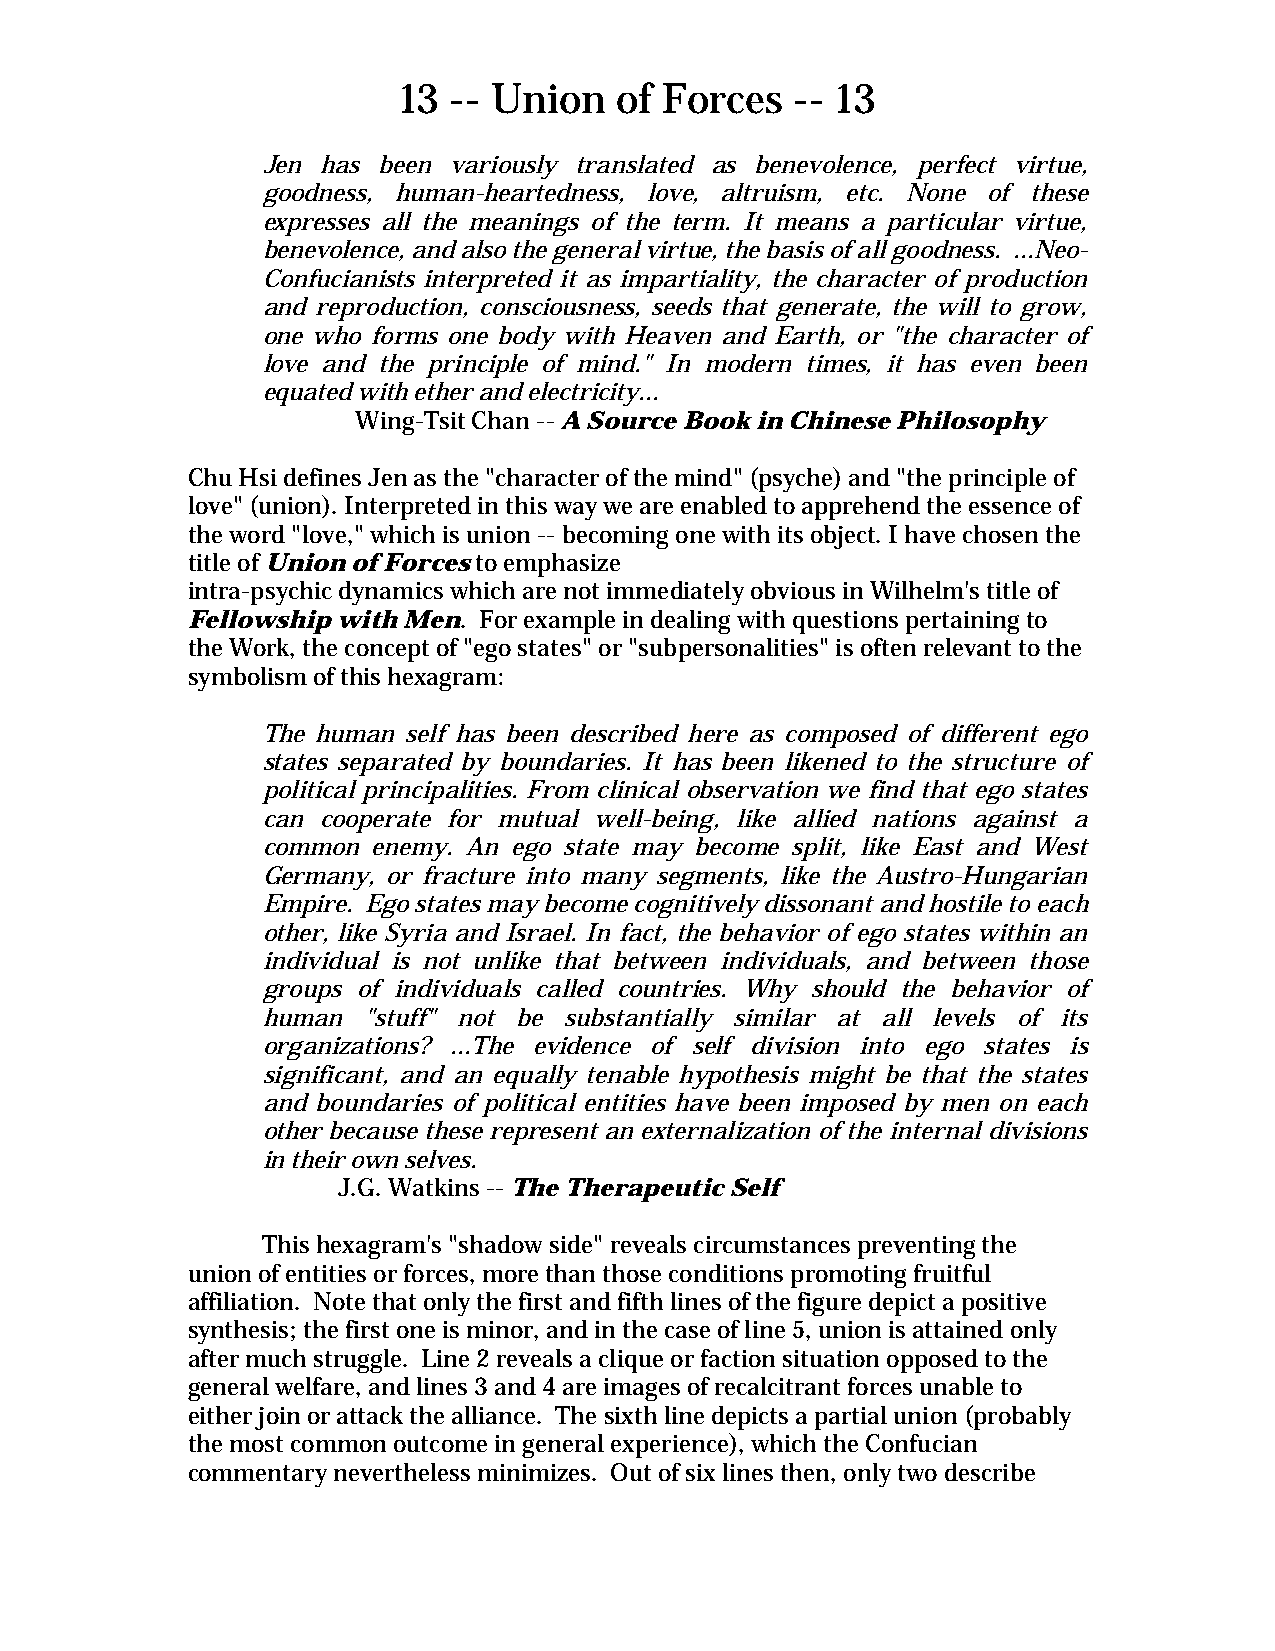
13  -- Union   of Forces   -- 13
 Jen has been variously translated as benevolence, perfect virtue,
 goodness, human-heartedness, love, altruism, etc. None of these
 expresses all the meanings of the term. It means a particular virtue,
 benevolence, and also the general virtue, the basis of all goodness. ...Neo-
 Confucianists interpreted it as impartiality, the character of production
 and reproduction, consciousness, seeds that generate, the will to grow,
 one who forms one body with Heaven and Earth, or "the character of
 love and the principle of mind." In modern times, it has even been
 equated with ether and electricity...
 Wing-Tsit Chan -- A Source Book in Chinese Philosophy
 Chu Hsi defines Jen as the "character of the mind" (psyche) and "the principle of
 love" (union). Interpreted in this way we are enabled to apprehend the essence of
 the word "love," which is union -- becoming one with its object. I have chosen the
 title of Union of Forces to emphasize
 intra-psychic dynamics which are not immediately obvious in Wilhelm's title of
 Fellowship with Men. For example in dealing with questions pertaining to
 the Work, the concept of "ego states" or "subpersonalities" is often relevant to the
 symbolism of this hexagram:
 The human self has been described here as composed of different ego
 states separated by boundaries. It has been likened to the structure of
 political principalities. From clinical observation we find that ego states
 can cooperate for mutual well-being, like allied nations against a
 common  enemy. An ego state may become split, like East and West
 Germany, or fracture into many segments, like the Austro-Hungarian
 Empire. Ego states may become cognitively dissonant and hostile to each
 other, like Syria and Israel. In fact, the behavior of ego states within an
 individual is not unlike that between individuals, and between those
 groups of individuals called countries. Why should the behavior of
 human  "stuff" not be substantially similar at all levels of its
 organizations? ...The evidence of self division into ego states is
 significant, and an equally tenable hypothesis might be that the states
 and boundaries of political entities have been imposed by men on each
 other because these represent an externalization of the internal divisions
 in their own selves.
 J.G. Watkins -- The Therapeutic Self
 This hexagram's "shadow side" reveals circumstances preventing the
 union of entities or forces, more than those conditions promoting fruitful
 affiliation. Note that only the first and fifth lines of the figure depict a positive
 synthesis; the first one is minor, and in the case of line 5, union is attained only
 after much struggle. Line 2 reveals a clique or faction situation opposed to the
 general welfare, and lines 3 and 4 are images of recalcitrant forces unable to
 either join or attack the alliance. The sixth line depicts a partial union (probably
 the most common outcome in general experience), which the Confucian
 commentary nevertheless minimizes. Out of six lines then, only two describe